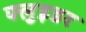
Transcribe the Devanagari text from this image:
फ्लुइडर